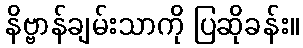
နိဗ္ဗာန်ချမ်းသာကို ပြဆိုခန်း။